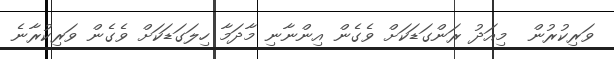
ވަރިކުރުން  މިއަދު ރަންގަޑަކަށް ވެގެން އިންނާނި މާދަމާ ހިލަގަޑަކަށް ވެގެން ވަރިކުރާނެ